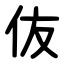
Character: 伖